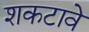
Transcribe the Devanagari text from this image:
शकटावे